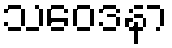
သဝေဒနာ